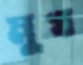
মুখ